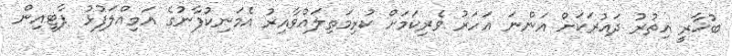
ބުޚާރީ އިތުރު ދައުރަކަށް އަންނަ އަހަރު ވެރިކަމަށް ކުރިމަތިލައްވާއިރު އެމަނިކުފާނުގެ އަމިއްލަފުޅު ޕާޓީއިން